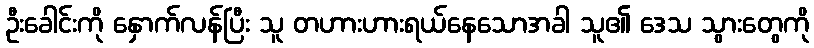
ဦးခေါင်းကို နှောက်လန်ပြီး သူ တဟားဟားရယ်နေသောအခါ သူ၏ ဒေသ သွားတွေကို